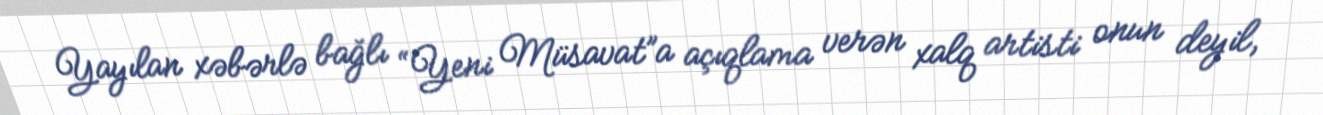
Yayılan xəbərlə bağlı “Yeni Müsavat”a açıqlama verən xalq artisti onun deyil,